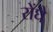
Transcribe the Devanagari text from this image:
रोंघे